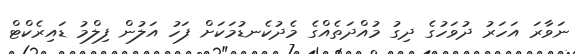
ނަވާރަ އަހަރު ދުވަހުގެ ދިގު މުއްދަތެއްގެ މެދުކެނޑުމަކަށް ފަހު އަލުން ފިލްމު ޑައިރެކްޓް